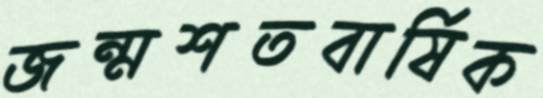
জন্মশতবার্ষিক